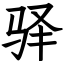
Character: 驿